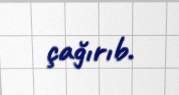
çağırıb.